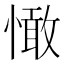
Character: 㦑